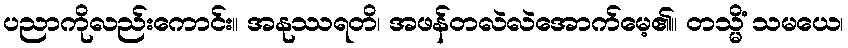
ပညာကိုလည်းကောင်း။ အနုဿရတိ၊ အဖန်တလဲလဲအောက်မေ့၏။ တသ္မိံ သမယေ၊